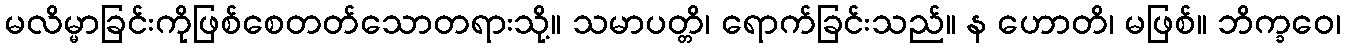
မလိမ္မာခြင်းကိုဖြစ်စေတတ်သောတရားသို့။ သမာပတ္တိ၊ ရောက်ခြင်းသည်။ န ဟောတိ၊ မဖြစ်။ ဘိက္ခဝေ၊